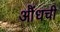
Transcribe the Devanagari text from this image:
औंधची